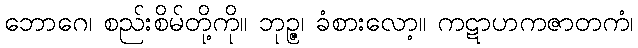
ဘောဂေ၊ စည်းစိမ်တို့ကို။ ဘုဉ္ဇ၊ ခံစားလော့။ ကဋာဟကဇာတကံ၊